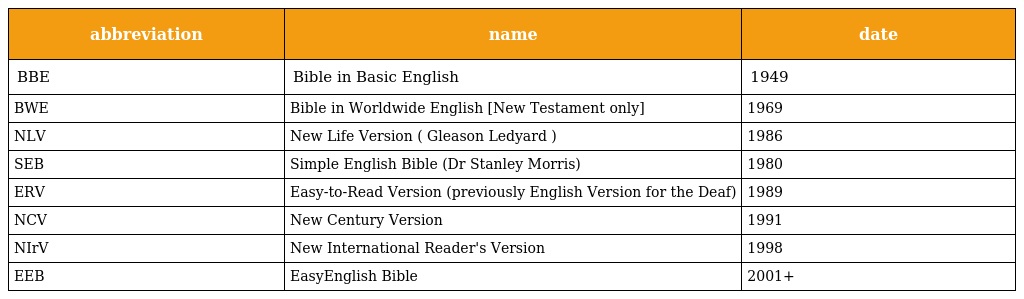
| abbreviation | name | date |
 | --- | --- | --- |
 | BBE | Bible in Basic English | 1949 |
 | BWE | Bible in Worldwide English [New Testament only] | 1969 |
 | NLV | New Life Version ( Gleason Ledyard ) | 1986 |
 | SEB | Simple English Bible (Dr Stanley Morris) | 1980 |
 | ERV | Easy-to-Read Version (previously English Version for the Deaf) | 1989 |
 | NCV | New Century Version | 1991 |
 | NIrV | New International Reader's Version | 1998 |
 | EEB | EasyEnglish Bible | 2001+ |